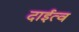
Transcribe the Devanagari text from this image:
दाईत्व